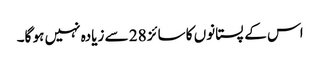
اس کے پستانوں کا سائز 28 سے زیادہ نہیں ہو گا۔